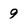
Character: 9